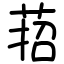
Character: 萔